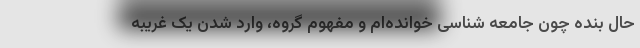
حال بنده چون جامعه شناسی خوانده‌ام و مفهوم گروه، وارد شدن یک غریبه